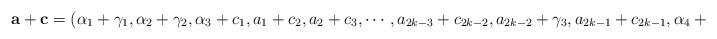
LaTeX: \begin{align*}\mathbf{a}+\mathbf{c}=(\alpha_1+\gamma_1,\alpha_2+\gamma_2,\alpha_3+c_1,a_1+c_2,a_2+c_3,\cdots,a_{2k-3}+c_{2k-2},a_{2k-2}+\gamma_3,a_{2k-1}+c_{2k-1},\alpha_4+\gamma_4),\end{align*}